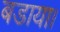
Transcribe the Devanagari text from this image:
बडाया।